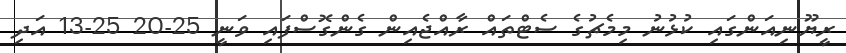
ރީޔޫނިއަންގައި ކުޅުނު މިމެޗުގެ ސެޓްތައް ރާއްޖެއިން ގެންގޮސްފައި ވަނީ 25-20 25-13 އަދި